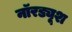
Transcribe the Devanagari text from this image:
नॉरड्यूश